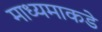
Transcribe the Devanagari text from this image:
माध्यमाकडे